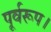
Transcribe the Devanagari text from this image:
पूर्वरूप।